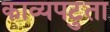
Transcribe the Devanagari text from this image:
काव्यपटुता